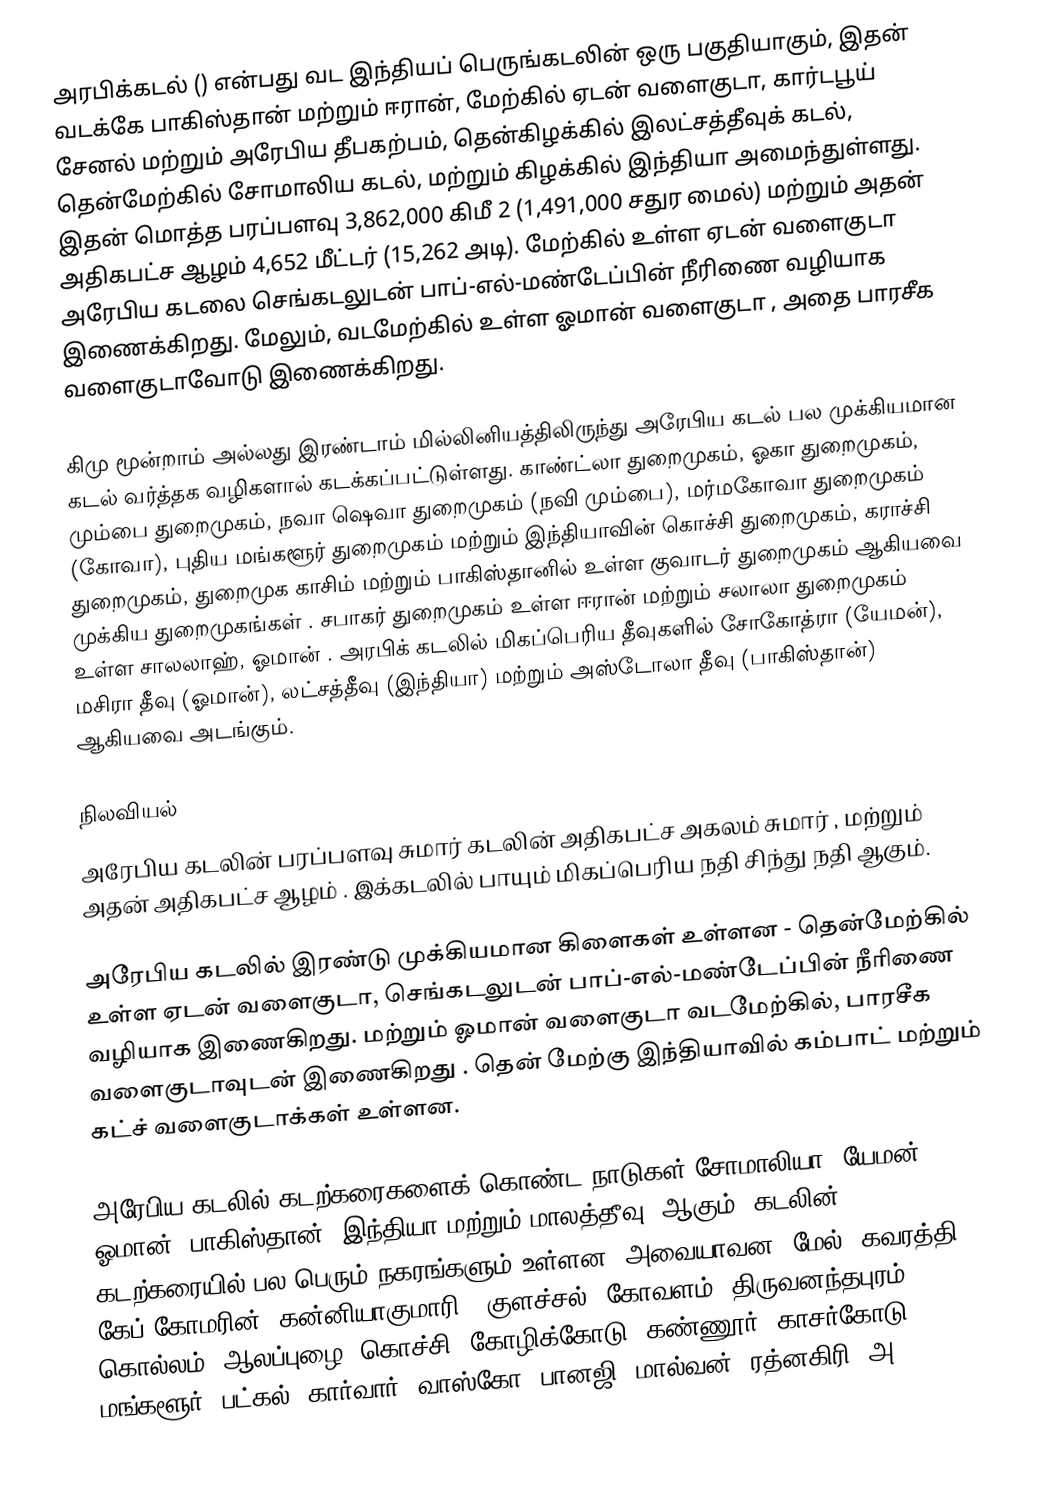
அரபிக்கடல் () என்பது வட இந்தியப் பெருங்கடலின் ஒரு பகுதியாகும், இதன் வடக்கே பாகிஸ்தான் மற்றும் ஈரான், மேற்கில் ஏடன் வளைகுடா, கார்டபூய் சேனல் மற்றும் அரேபிய தீபகற்பம், தென்கிழக்கில் இலட்சத்தீவுக் கடல், தென்மேற்கில் சோமாலிய கடல், மற்றும் கிழக்கில் இந்தியா அமைந்துள்ளது.  இதன் மொத்த பரப்பளவு 3,862,000   கிமீ 2 (1,491,000   சதுர   மைல்) மற்றும் அதன் அதிகபட்ச ஆழம் 4,652 மீட்டர் (15,262   அடி). மேற்கில் உள்ள ஏடன் வளைகுடா அரேபிய கடலை செங்கடலுடன் பாப்-எல்-மண்டேப்பின் நீரிணை வழியாக இணைக்கிறது. மேலும், வடமேற்கில் உள்ள  ஓமான் வளைகுடா , அதை பாரசீக வளைகுடாவோடு இணைக்கிறது.

கிமு மூன்றாம் அல்லது இரண்டாம் மில்லினியத்திலிருந்து அரேபிய கடல் பல முக்கியமான கடல் வர்த்தக வழிகளால் கடக்கப்பட்டுள்ளது. காண்ட்லா துறைமுகம், ஓகா துறைமுகம், மும்பை துறைமுகம், நவா ஷெவா துறைமுகம் (நவி மும்பை), மர்மகோவா துறைமுகம் (கோவா), புதிய மங்களூர் துறைமுகம் மற்றும் இந்தியாவின் கொச்சி துறைமுகம், கராச்சி துறைமுகம், துறைமுக காசிம் மற்றும் பாகிஸ்தானில் உள்ள குவாடர் துறைமுகம் ஆகியவை முக்கிய துறைமுகங்கள் . சபாகர் துறைமுகம் உள்ள ஈரான் மற்றும் சலாலா துறைமுகம் உள்ள சாலலாஹ், ஓமான் . அரபிக் கடலில் மிகப்பெரிய தீவுகளில் சோகோத்ரா (யேமன்), மசிரா தீவு (ஓமான்), லட்சத்தீவு (இந்தியா) மற்றும் அஸ்டோலா தீவு (பாகிஸ்தான்) ஆகியவை அடங்கும்.

நிலவியல்
அரேபிய கடலின் பரப்பளவு சுமார்           கடலின் அதிகபட்ச அகலம் சுமார்     , மற்றும் அதன் அதிகபட்ச ஆழம்    . இக்கடலில் பாயும் மிகப்பெரிய நதி சிந்து நதி  ஆகும்.

அரேபிய கடலில் இரண்டு முக்கியமான கிளைகள் உள்ளன   - தென்மேற்கில் உள்ள ஏடன் வளைகுடா, செங்கடலுடன் பாப்-எல்-மண்டேப்பின் நீரிணை வழியாக இணைகிறது.  மற்றும் ஓமான் வளைகுடா வடமேற்கில், பாரசீக வளைகுடாவுடன் இணைகிறது . தென் மேற்கு இந்தியாவில்  கம்பாட் மற்றும் கட்ச் வளைகுடாக்கள்  உள்ளன.

அரேபிய கடலில் கடற்கரைகளைக் கொண்ட நாடுகள் சோமாலியா, யேமன், ஓமான், பாகிஸ்தான், இந்தியா மற்றும் மாலத்தீவு .ஆகும்.  கடலின் கடற்கரையில் பல பெரும் நகரங்களும் உள்ளன. அவையாவன: மேல், கவரத்தி, கேப் கோமரின் (கன்னியாகுமாரி), குளச்சல், கோவளம், திருவனந்தபுரம், கொல்லம், ஆலப்புழை, கொச்சி, கோழிக்கோடு, கண்ணூர், காசர்கோடு, மங்களூர், பட்கல், கார்வார், வாஸ்கோ, பானஜி, மால்வன், ரத்னகிரி, அ